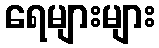
ရေများများ